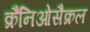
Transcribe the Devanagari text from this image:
क्रैनिओसैक्रल